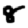
Digit: 8